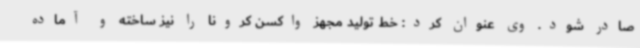
صادر شود. وی عنوان کرد: خط تولید مجهز واکسن کرونا را نیز ساخته و آماده